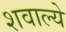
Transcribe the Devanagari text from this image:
शवाल्ये